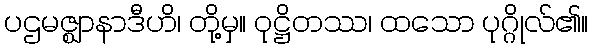
ပဌမဇ္ဈာနာဒီဟိ၊ တို့မှ။ ဝုဋ္ဌိတဿ၊ ထသော ပုဂ္ဂိုလ်၏။